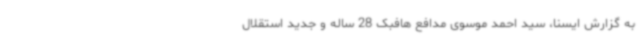
به گزارش ایسنا، سید احمد موسوی مدافع هافبک 28 ساله و جدید استقلال